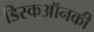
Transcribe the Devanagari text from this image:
डिस्कऑनकी